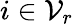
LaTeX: i\in\mathcal{V}_{r}